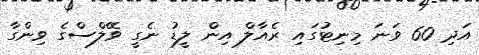
އަދި 60 ވަނަ މިނިޓުގައި ރެއާލް އިން ލީޑު ނެގީ ވޭލްސްގެ ވިންގާ